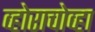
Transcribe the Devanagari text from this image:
व्होराचोव्हा